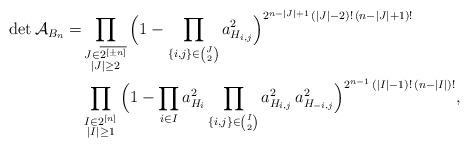
LaTeX: \begin{align*}\det \mathcal{A}_{B_n} = & \prod_{\substack{J \in \overline{2^{[\pm n]}} \\ |J| \geq 2}} \Big(1- \prod_{\{i,j\} \in \binom{J}{2}} a_{H_{i,j}}^2\Big)^{2^{n-|J|+1}\,(|J|-2)!\,(n-|J|+1)!} \\& \prod_{\substack{I \in 2^{[n]} \\ |I| \geq 1}} \Big(1- \prod_{i \in I} a_{H_i}^2\prod_{\{i,j\} \in \binom{I}{2}} a_{H_{i,j}}^2\, a_{H_{-i,j}}^2\Big)^{2^{n-1}\,(|I|-1)!\,(n-|I|)!},\end{align*}